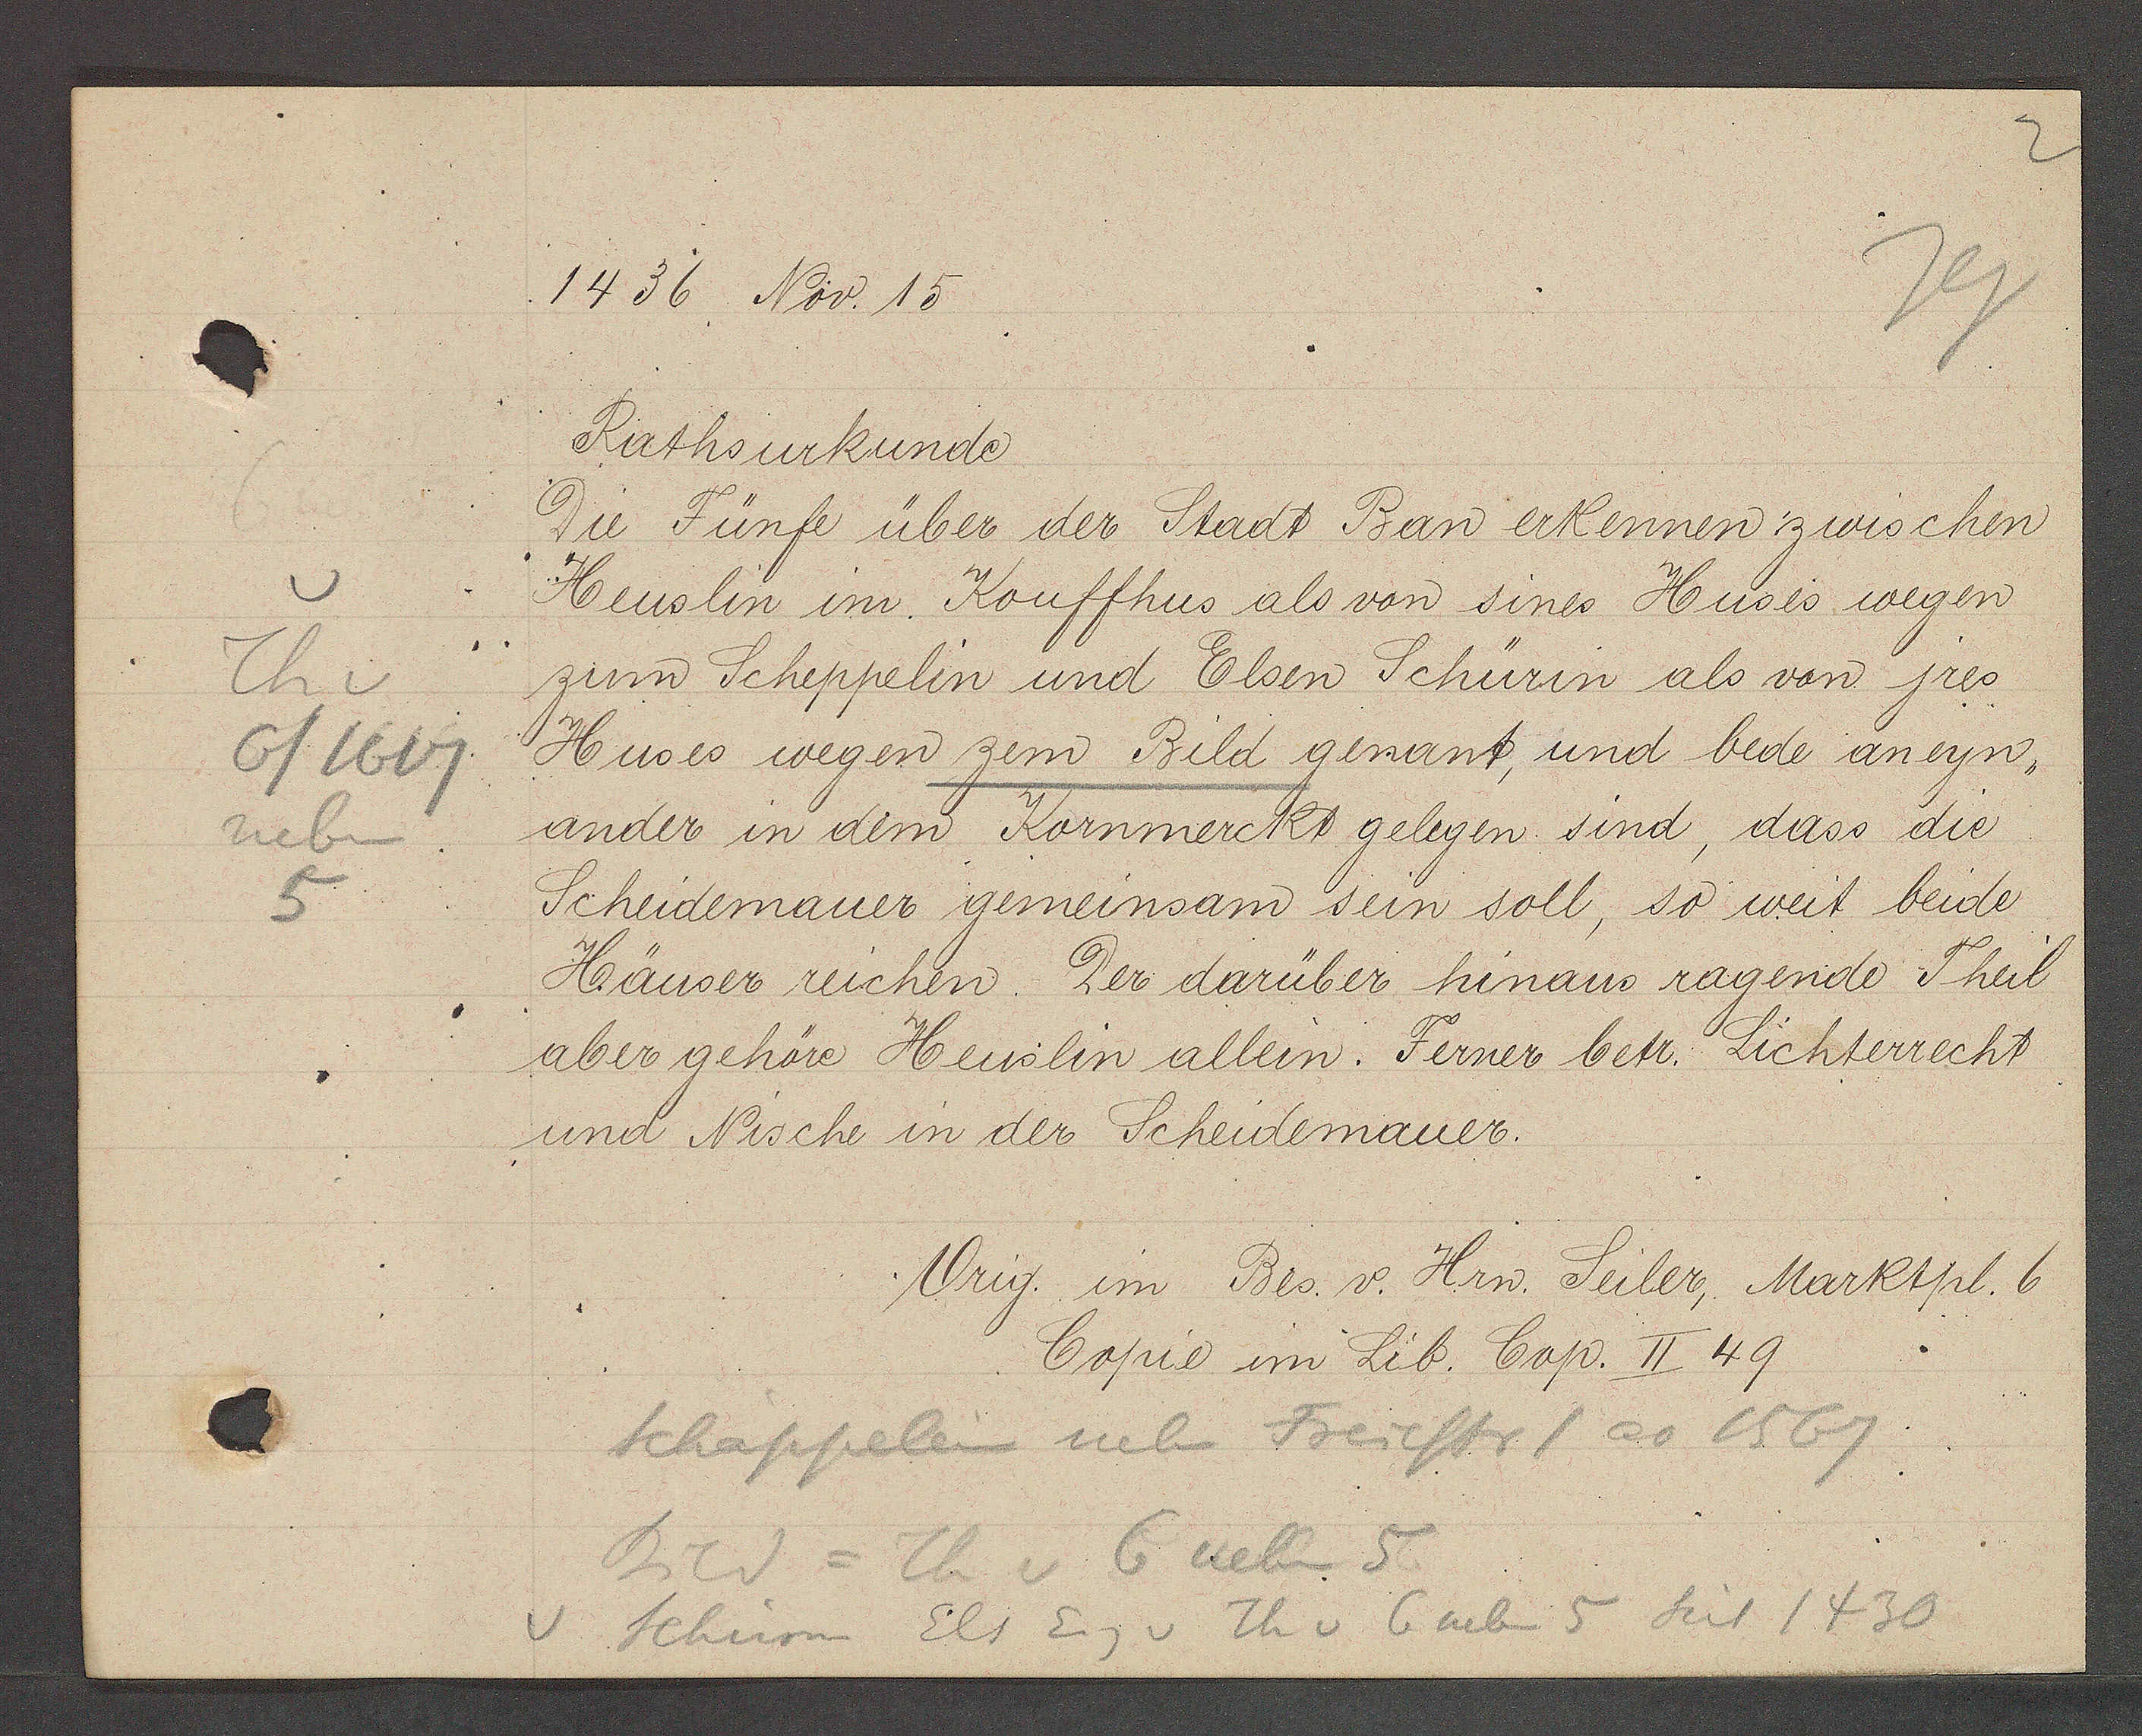
Transcript:
Th v
6/1617
neben
5

1436 Nov. 15

Rathsurkunde
Du Fünfe über der Stadt Ban erkennen zwischen
Heuslin im Kouffhus als von sines Huses wegen
zum Scheppelin und Elsen Schürin als von jres
Huses wegen zem Bild genant, und bede aneyn¬
ander in dem Kornmerckt gelegen sind, dass die
Scheidemauer gemeinsam sein soll, so weit beide
Häuser reichen. Der darüber hinaus ragende Theil
aber gehöre Heuslin allein. Ferner betr. Lichterrecht
und Nische in der Scheidemauer.

Vrig. im Bes. v. Hrn. Seiler, Marktpl. 6
Copie im Lib. Cap. II 49

Schappelein neben Freiestr ao 1567
Bild = Th v 6 neben 5
v. Schum Els Eig v Th v 6 neben 5 seit 1430